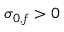
\sigma _ { 0 , f } > 0